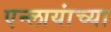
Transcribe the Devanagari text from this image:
एन्लायांच्या